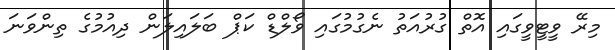
މިރޭ ވީޓީވީގައި އޮތް ގުރުއަތު ނެގުމުގައި ވޯލްޑް ކަޕް ބަލައިލަން ދިއުމުގެ ތިންވަނަ